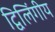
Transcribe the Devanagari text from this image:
द्विलिंगीय